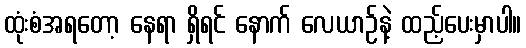
ထုံးစံအရတော့ နေရာ ရှိရင် နောက် လေယာဉ်နဲ့ ထည့်ပေးမှာပါ။